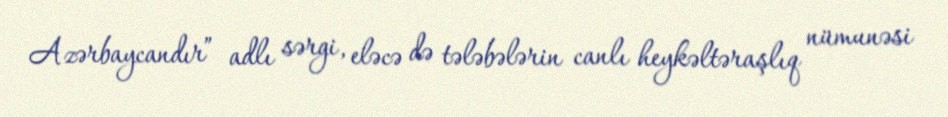
Azərbaycandır” adlı sərgi, eləcə də tələbələrin canlı heykəltəraşlıq nümunəsi